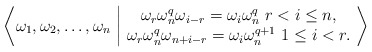
\begin{align*}\bigg\langle \omega_1, \omega_2, \dots, \omega_n \ \bigg\vert\ \begin{matrix}\omega_r \omega_n^q \omega_{i-r} =\omega_i \omega_n^q~r < i \leq n,\\\omega_r \omega_n^q \omega_{n+i-r}=\omega_i \omega_n^{q+1}~1\leq i <r.\end{matrix}\ \bigg\rangle\end{align*}